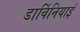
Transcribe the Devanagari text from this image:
डार्विनियाई